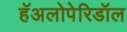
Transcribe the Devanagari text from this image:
हॅअलोपेरिडॉल